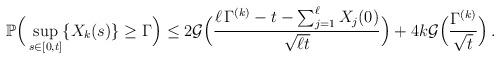
LaTeX: \begin{align*} \mathbb P\Big( \sup_{s \in [0,t]} \{X_k(s)\} \ge \Gamma \Big) \le 2 \mathcal G\Big(\frac{\ell \, \Gamma^{(k)} - t - \sum_{j=1}^{\ell} X_j(0)}{\sqrt{\ell t}}\Big) + 4 k \mathcal G \Big(\frac{\Gamma^{(k)}}{\sqrt t}\Big) \,. \end{align*}